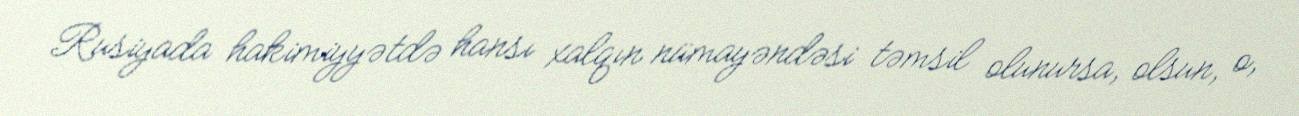
Rusiyada hakimiyyətdə hansı xalqın nümayəndəsi təmsil olunursa, olsun, o,